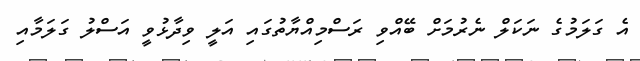
އެ ގަލަމުގެ ނަކަލް ނެރުމަށް ބޭއްވި ރަސްމިއްޔާތުގައި އަލީ ވިދާޅުވީ އަސްލު ގަލަމާއި